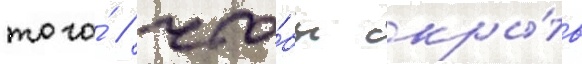
того́ / что́бы скры́ть